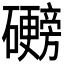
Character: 𬒩